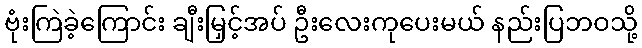
ဗုံးကြဲခဲ့ကြောင်း ချီးမြှင့်အပ် ဦးလေးကုပေးမယ် နည်းပြဘဝသို့